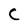
Character: C